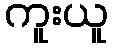
ကူးယူ